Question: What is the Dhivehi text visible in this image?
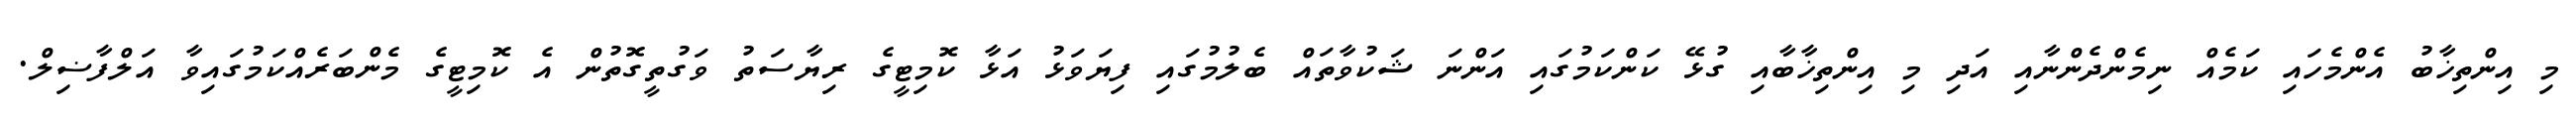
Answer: މި އިންތިޚާބު އެންމެހައި ކަމެއް ނިމެންދެންނާއި އަދި މި އިންތިޚާބާއި ގުޅޭ ކަންކަމުގައި އަންނަ ޝަކުވާތައް ބެލުމުގައި ފިޔަވަޅު އަޅާ ކޮމިޓީގެ ރިޔާސަތު ވަގުތީގޮތުން އެ ކޮމިޓީގެ މެންބަރެއްކަމުގައިވާ އަލްފާޟިލް.